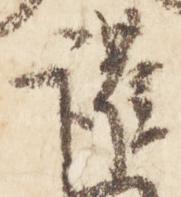
護